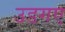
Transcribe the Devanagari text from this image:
उडगए